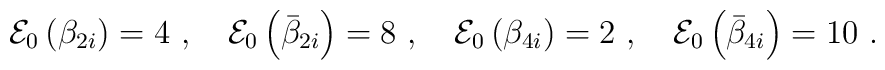
{\cal E}_0\left( \beta_{2i}\right) = 4 ~,~~~{\cal E}_0\left( \bar\beta_{2i}\right) = 8 ~,~~~{\cal E}_0\left( \beta_{4i}\right) = 2 ~,~~~{\cal E}_0\left( \bar\beta_{4i}\right) = 10~.